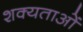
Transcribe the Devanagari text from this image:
शक्यताओं